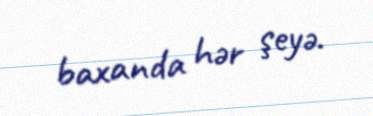
baxanda hər şeyə.